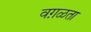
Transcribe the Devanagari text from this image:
वग़ळता